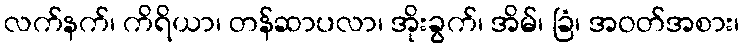
လက်နက်၊ ကိရိယာ၊ တန်ဆာပလာ၊ အိုးခွက်၊ အိမ်၊ ခြံ၊ အဝတ်အစား၊